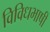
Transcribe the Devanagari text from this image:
विविधभाषी